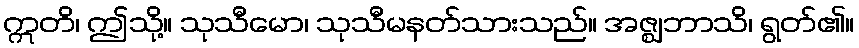
ဣတိ၊ ဤသို့။ သုသီမော၊ သုသီမနတ်သားသည်။ အဇ္ဈဘာသိ၊ ရွတ်၏။